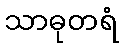
သာဓုတရံ